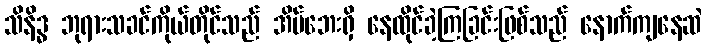
သိနိဒ္ဓ ဘုရားသခင်ကိုယ်တိုင်သည် အိမ်ဘေးရှိ နေထိုင်ခဲ့ကြခြင်းဖြစ်သည် နောက်ကျနေဆဲ